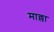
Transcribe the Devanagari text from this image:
माल्ला